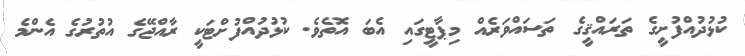
ކުޅުދުއްފުށީގެ ތަރައްޤީގެ ތަސައްވަރެއް މިޕާޓީގައި އެބަ އޮތެވެ. ކުޅުދުއްފުށްޓަކީ ރާއްޖޭގެ އުތުރުގެ އެންމެ